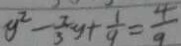
y ^ { 2 } - \frac { 2 } { 3 } y + \frac { 1 } { 9 } = \frac { 4 } { 9 }